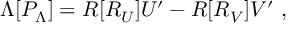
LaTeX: \Lambda [ P _ { \Lambda } ] = R [ R _ { U } ] U ^ { \prime } - R [ R _ { V } ] V ^ { \prime } \ ,